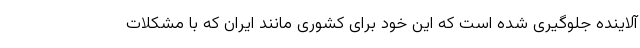
آلاینده جلوگیری شده است که این خود برای کشوری مانند ایران که با مشکلات